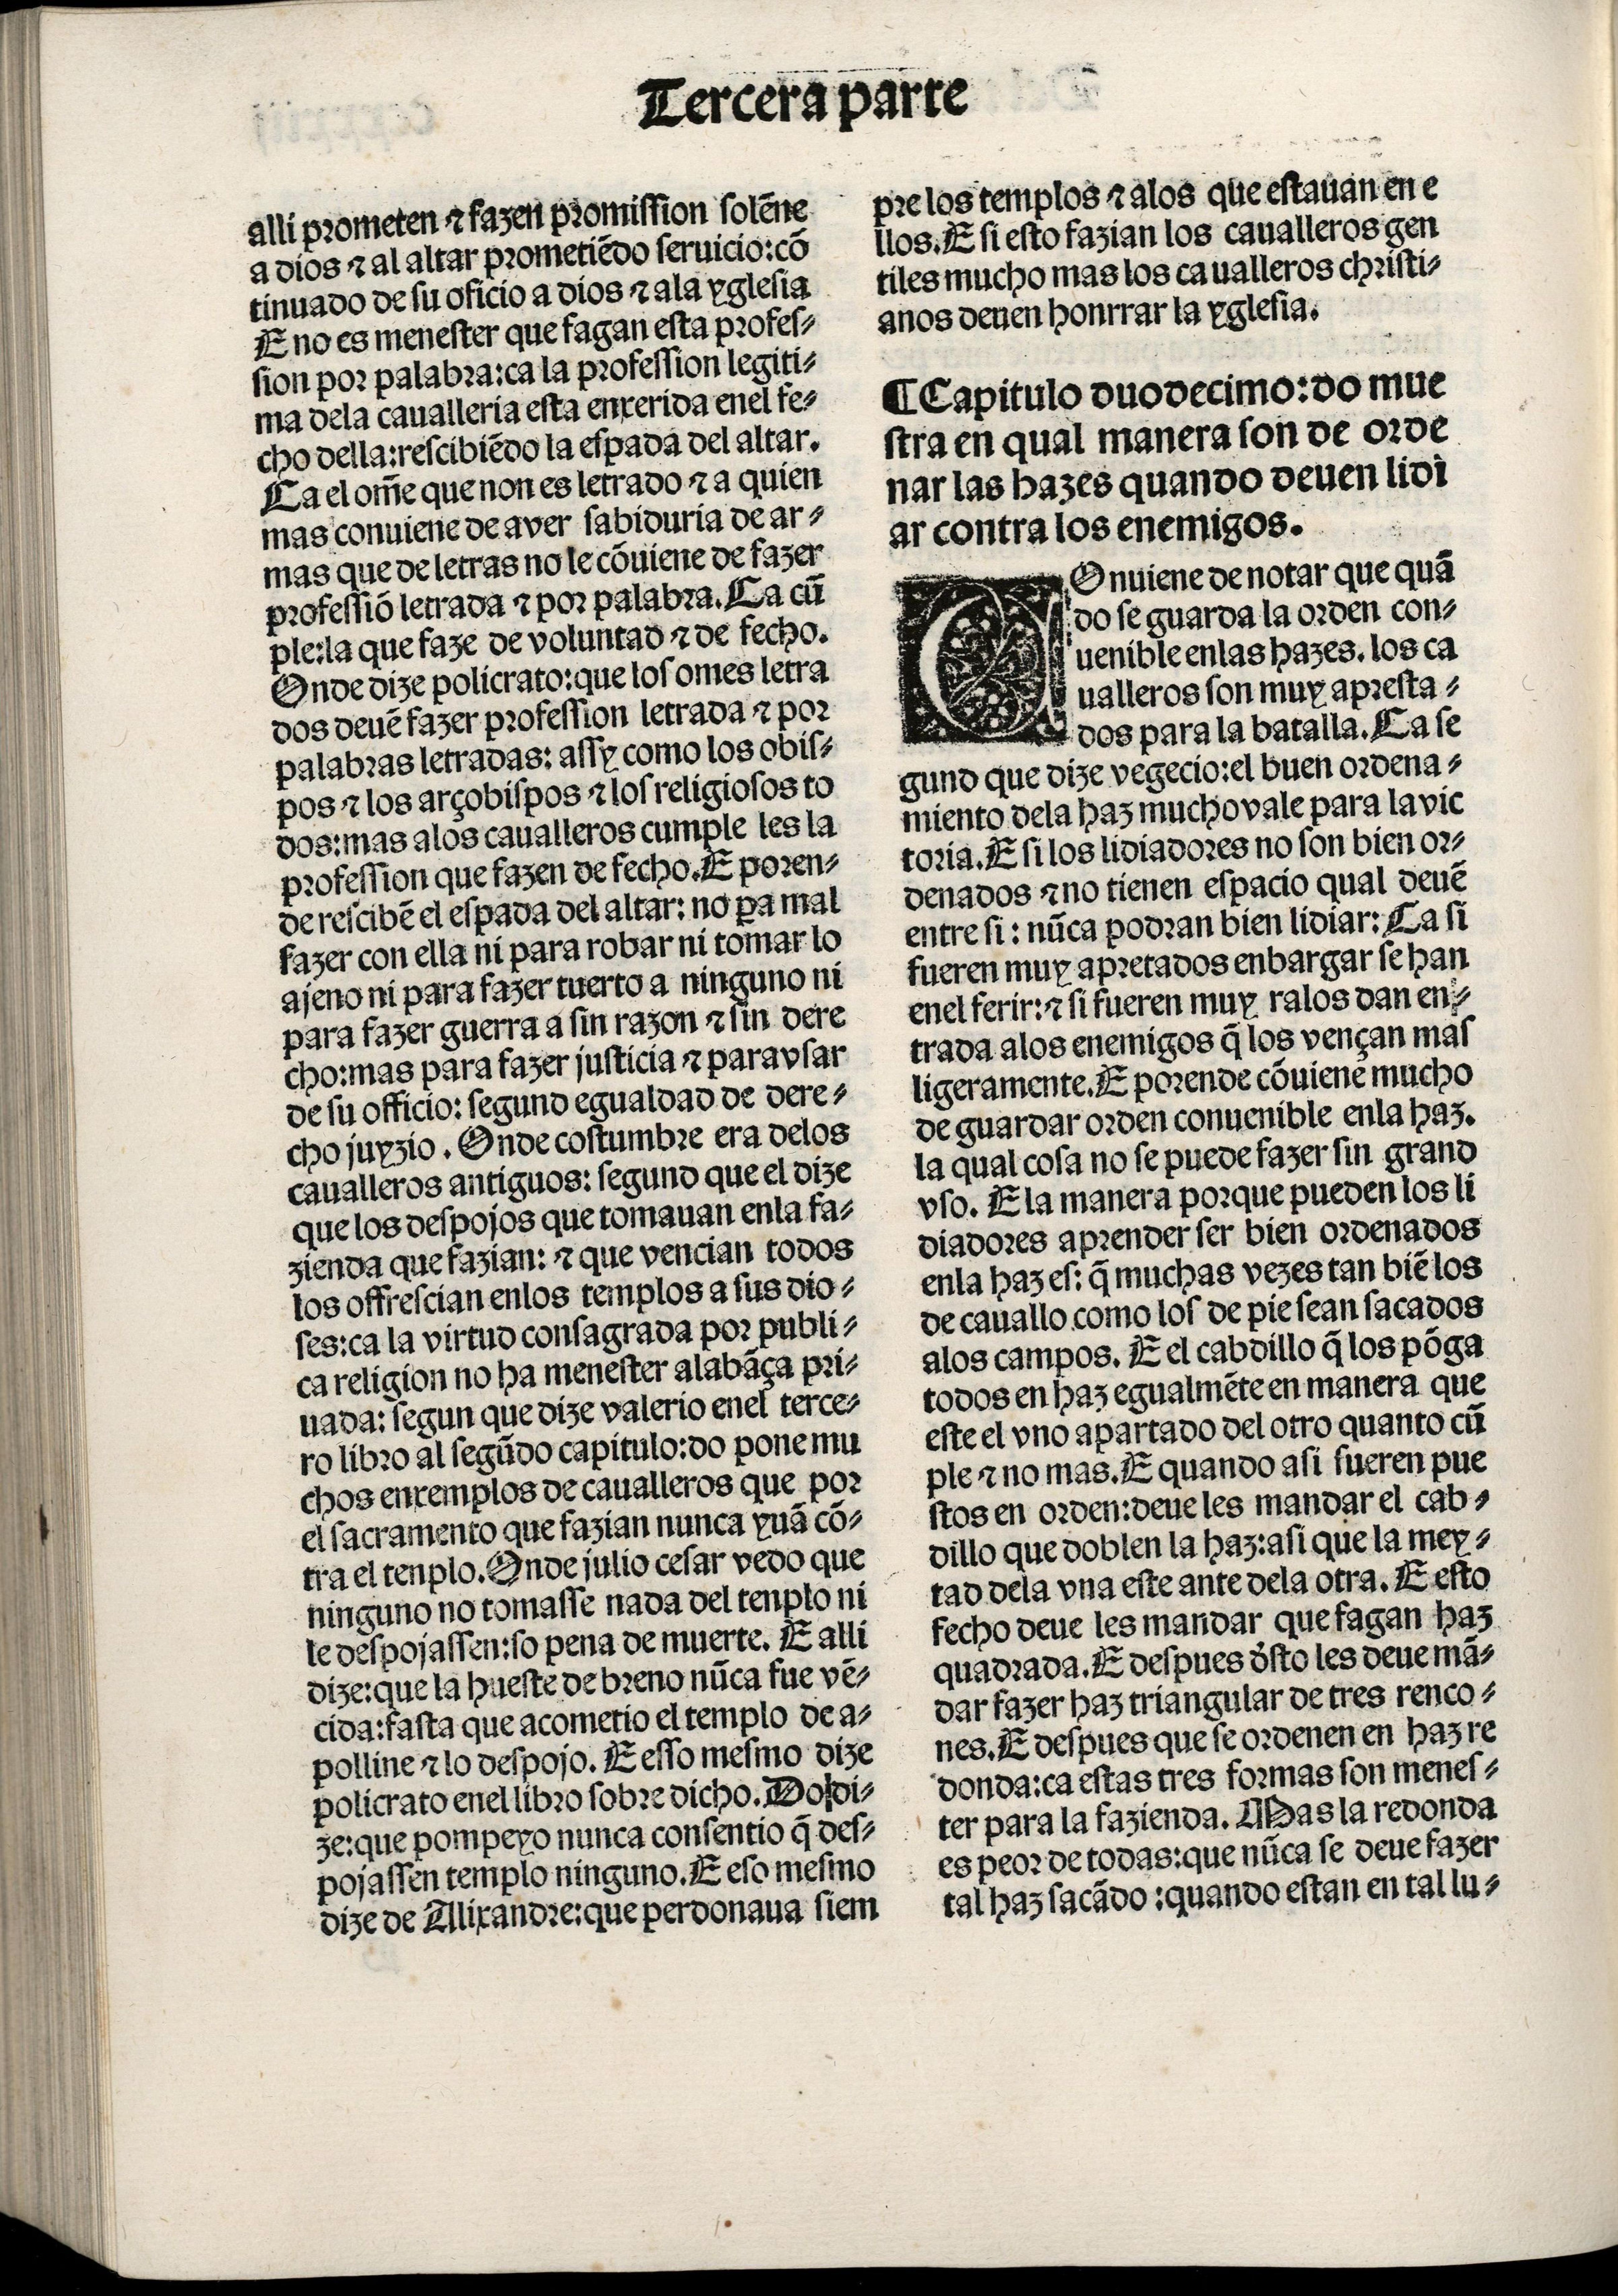
Shelfmark: Madrid, BNE, Inc. 901
Century: 15